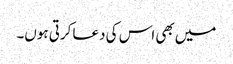
میں بھی اس کی دعا کرتی ہوں۔